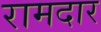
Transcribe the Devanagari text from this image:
रामदार